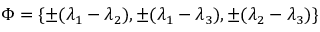
\Phi = \{ \pm ( \lambda _ { 1 } - \lambda _ { 2 } ) , \pm ( \lambda _ { 1 } - \lambda _ { 3 } ) , \pm ( \lambda _ { 2 } - \lambda _ { 3 } ) \}